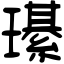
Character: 𤪌